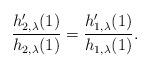
LaTeX: \begin{align*} \frac{h_{2,\lambda}^\prime(1)}{h_{2,\lambda}(1)}=\frac{h_{1,\lambda}^\prime(1)}{h_{1,\lambda}(1)}.\end{align*}